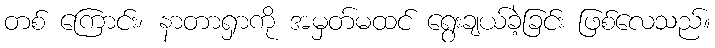
တစ် ကြောင်း၊ နာတာရှာကို အမှတ်မထင် ရွေးချယ်ခဲ့ခြင်း ဖြစ်လေသည်။